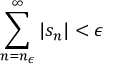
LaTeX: \sum _ { n = n _ { \epsilon } } ^ { \infty } | s _ { n } | < \epsilon